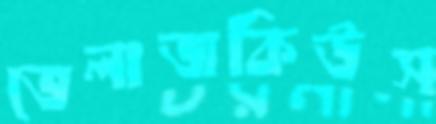
ভেলাজকিউস